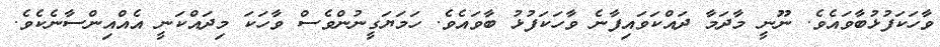
ވާހަކަފުޅުބާވައެވެ. ނޫނީ މާދަމާ ދައްކަވައިފާނެ ވާހަކަފުޅު ބާވައެވެ. ހަމަޔަގީނުންވެސް ވާހަކަ މިދައްކަނީ އެއްއިންސާނެކެވެ.